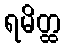
ရမိတ္ထ